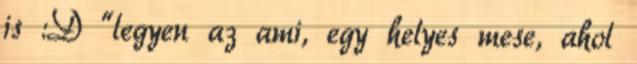
is :D “legyen az ami, egy helyes mese, ahol